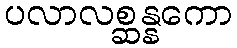
ပလာလစ္ဆန္နကော